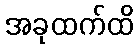
အခုထက်ထိ